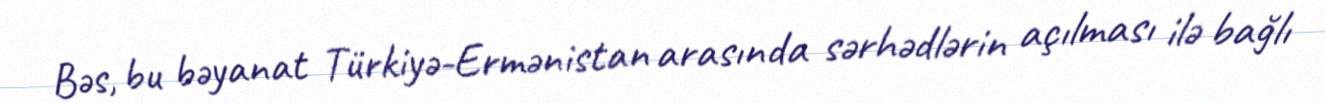
Bəs, bu bəyanat Türkiyə-Ermənistan arasında sərhədlərin açılması ilə bağlı